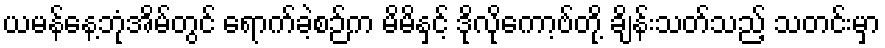
ယမန်နေ့ဘုံအိမ်တွင် ရောက်ခဲ့စဉ်က မိမိနှင့် ဒိုလိုကော့ဗ်တို့ ချိန်းသတ်သည့် သတင်းမှာ